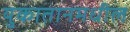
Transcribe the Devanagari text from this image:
युकातानमधील